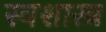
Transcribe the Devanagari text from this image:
स्वशास्त्र